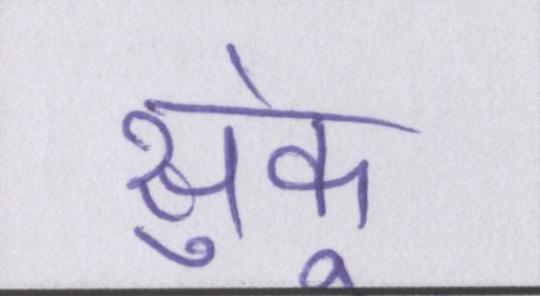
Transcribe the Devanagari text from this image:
सुकूं